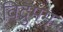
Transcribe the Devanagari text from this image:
विद्रुमम्